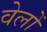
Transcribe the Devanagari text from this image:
वेलों